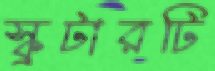
স্কুটারটি